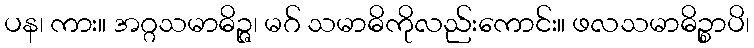
ပန၊ ကား။ အဂ္ဂသမာဓိဉ္ဇ၊ မဂ် သမာဓိကိုလည်းကောင်း။ ဖလသမာဓိဉ္စာပိ၊